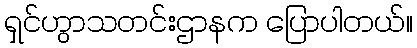
ရှင်ဟွာသတင်းဌာနက ပြောပါတယ်။